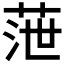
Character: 𦲉